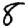
Digit: 8